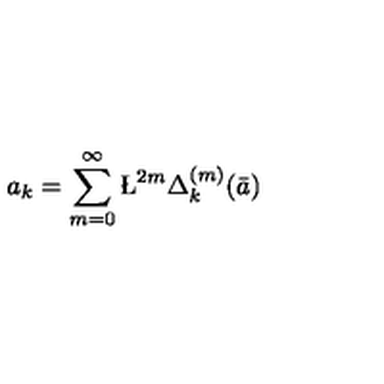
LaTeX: a _ { k } = \sum _ { m = 0 } ^ { \infty } \L ^ { 2 m } { \Delta _ { k } ^ { ( m ) } } ( \bar { a } )